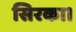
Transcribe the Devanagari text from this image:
सिरका।